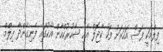
ފިލްމަކީ ފަސް އަހަރަށް ފަހު ކާޖޮލް އާއި ޝާހުރުކްހާން އެކުގައި ފެނިގެންދާ ފިލްމް